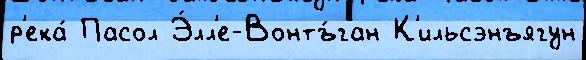
р'ека́ Пасол Э́лл'е-Вонтъ́ган К'ильсэнъягун